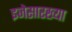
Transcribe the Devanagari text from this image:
इजेसारख्या